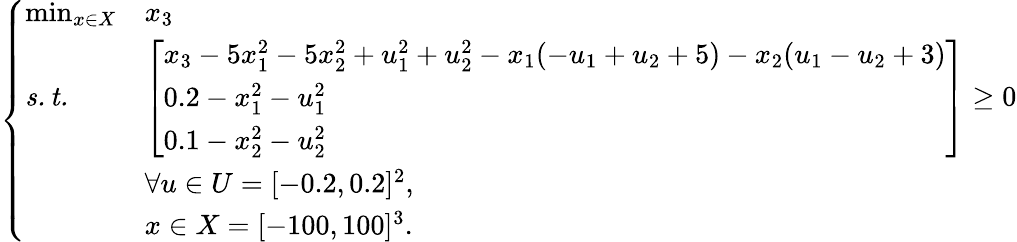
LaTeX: \left\{ \begin{array}{lll}{\operatorname*{min}_{x\in X}}&{x_{3}}\\ {\mathit{s.t.}}&{\left[\begin{array}{l}{x_{3}-5x_{1}^{2}-5x_{2}^{2}+u_{1}^{2}+u_{2}^{2}-x_{1}(-u_{1}+u_{2}+5)-x_{2}(u_{1}-u_{2}+3)}\\ {0.2-x_{1}^{2}-u_{1}^{2}}\\ {0.1-x_{2}^{2}-u_{2}^{2}}\end{array}\right]\geq 0}\\ &{\forall u\in U=[-0.2,0.2]^{2},}\\ &{x\in X=[-100,100]^{3}.}\end{array}\right.